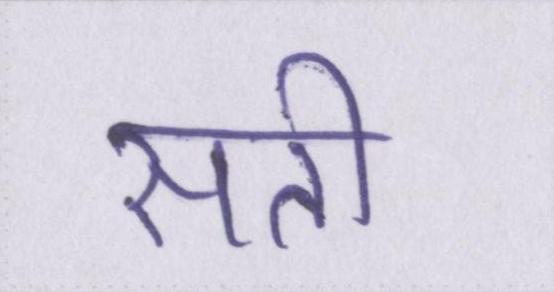
सती